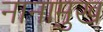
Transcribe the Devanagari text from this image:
नानामुख